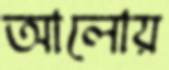
আলোয়